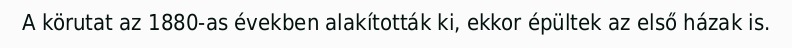
A körutat az 1880-as években alakították ki, ekkor épültek az első házak is.